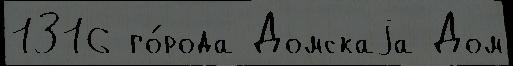
1316 го́рода Домскаjа Дом